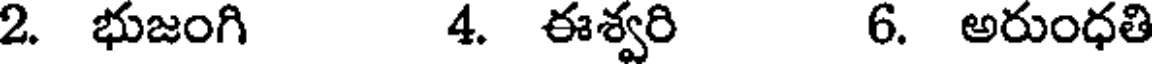
2. భుజంగి 4. ఈశ్వరి 6. అరుంధతి